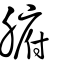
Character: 腑